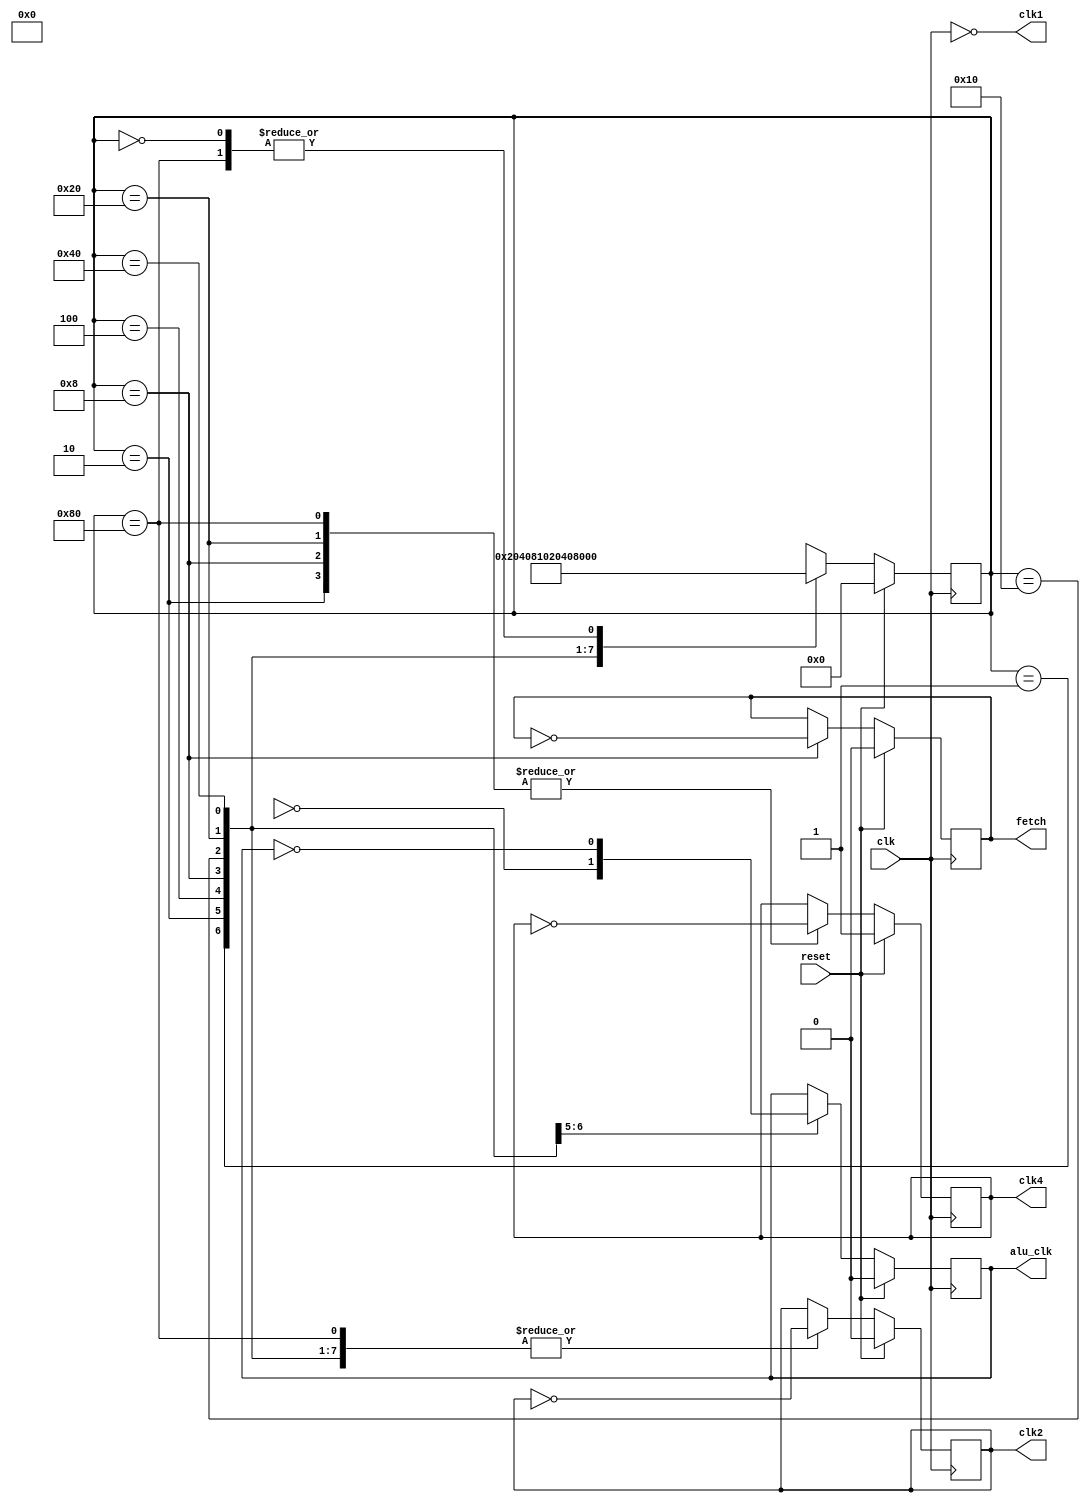
module CLK(
input clk,
input reset,
output clk1,
output reg clk2,
output reg clk4,
output reg fetch,
output reg alu_clk
);
reg[7:0] state;
parameter a0 = 8'b00000000,
          a1 = 8'b00000001,
          a2 = 8'b00000010,
          a3 = 8'b00000100,
			 a4 = 8'b00001000,
			 a5 = 8'b00010000,
			 a6 = 8'b00100000,
			 a7 = 8'b01000000,
			 a8 = 8'b10000000;
assign clk1 = ~clk;
always@(negedge clk)begin 
    if(reset)begin
	     clk2 <= 0 ;
	     clk4 <= 1 ;
	     fetch <= 0;
	     alu_clk <= 0;
	     state <= a0;
	 end
	 else begin
	 case(state)
	 a1:begin
	     clk2 <= ~clk2;
		  alu_clk <= ~alu_clkl;
		  state <= a2;
		  end
	 a2:begin
	     clk2 <= ~clk2;
		  clk4 <= ~clk4;
		  alu_clk <= ~alu_clk;
		  state <= a3;
		  end
	 a3:begin 
	     clk2 <= ~clk2;
		  state <= a4;
		  end
	 a4:begin 
	     clk2 <= ~clk2;
		  clk4 <= ~clk4;
		  fetch <= ~fetch;
		  state <= a5;
        end
    a5:begin 
        clk2 <= ~clk2;
        state <= a6;	
        end
    a6:begin
        clk2 <= ~clk2;
        clk4 <= ~clk4;
        state <= a7;
        end
    a7:begin 
        clk2 <= ~clk2;
        state <= a8;
        end
    a8:begin
        clk2 <= ~clk2;
		  clk4 <= ~clk4;
		  state <= a1;
		  end
	 a0: state <= a1;
	 default: state <= idle;
	 endcase 
end 
end
endmodule